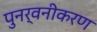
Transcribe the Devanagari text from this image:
पुनर्वनीकरण